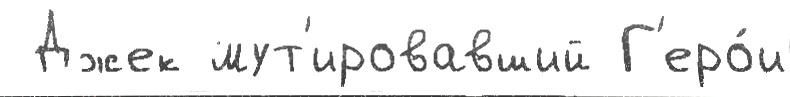
 Джек мут'ировавший Г'еро́и